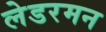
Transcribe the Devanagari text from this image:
लेडरमन